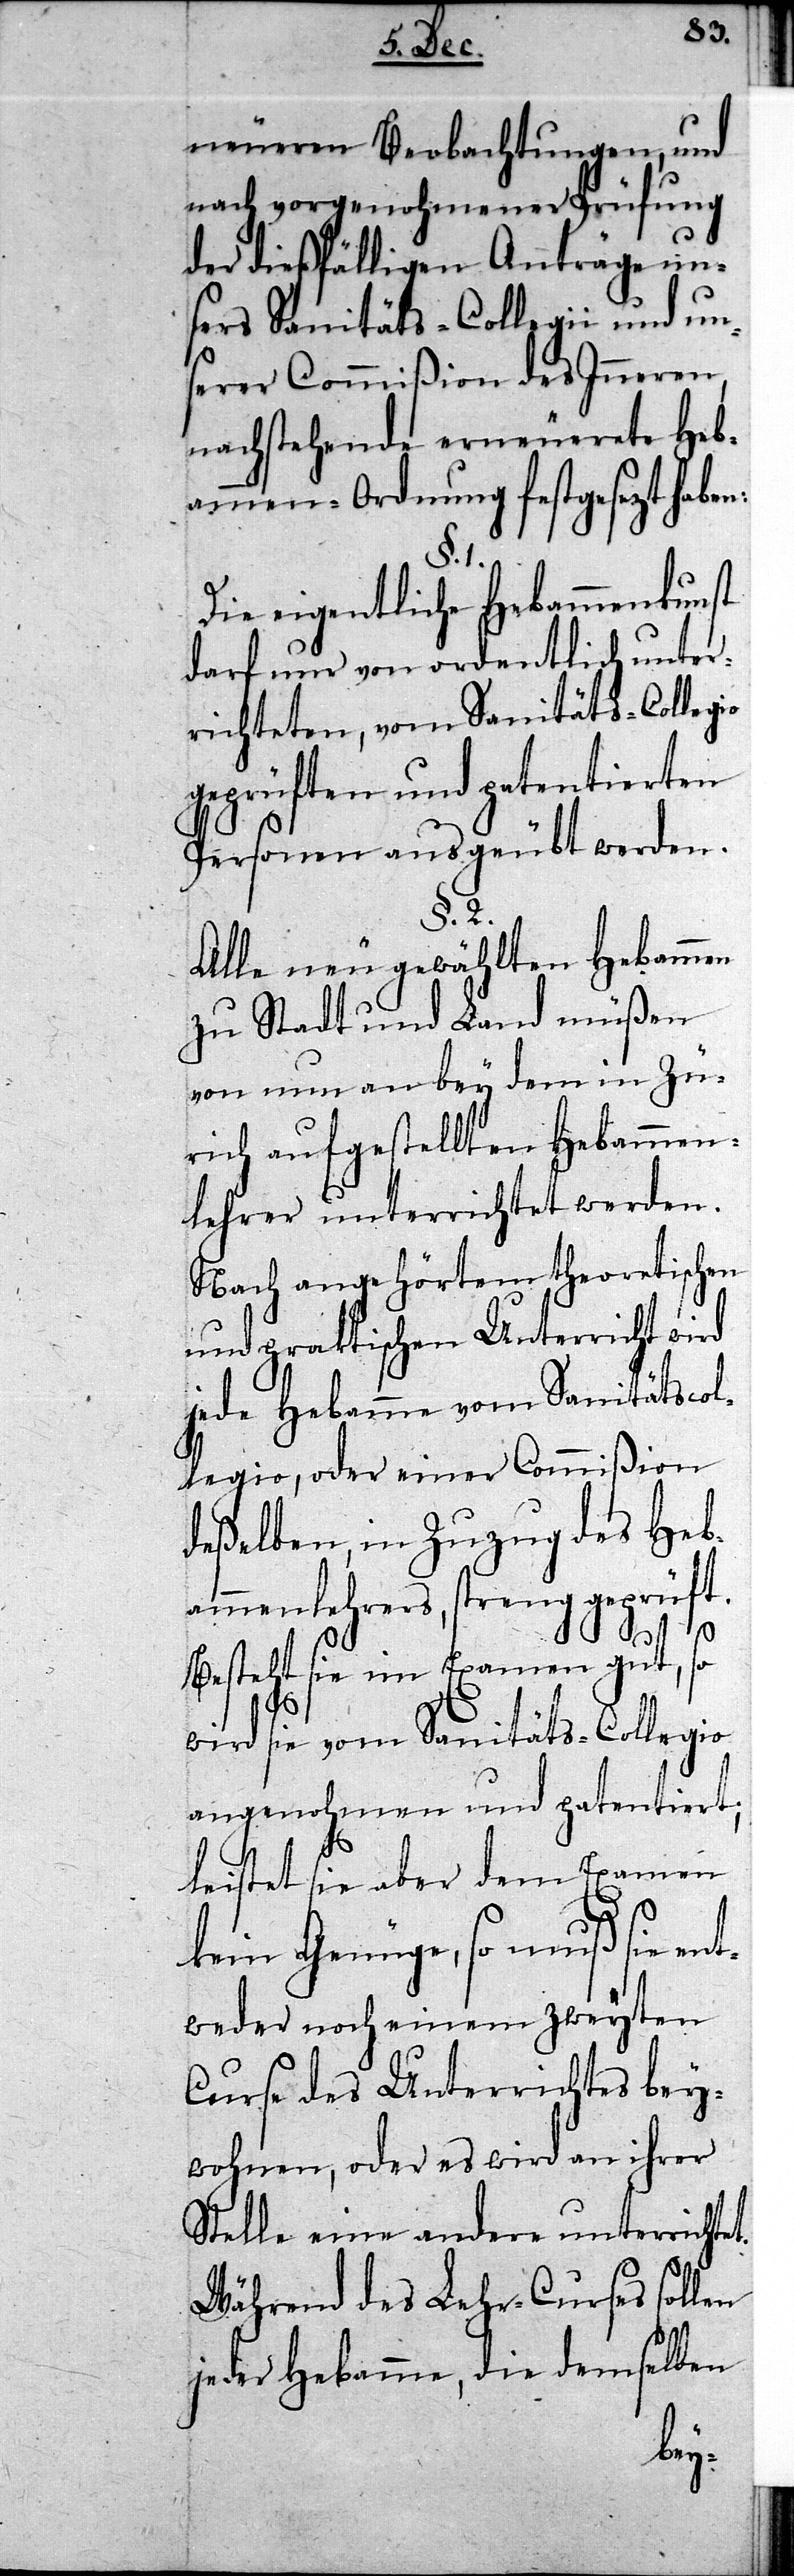
neueren Beobachtungen, und
nach vorgenohmener Prüfung
der dießfälligen Anträge un¬
sers Sanitäts-Collegii und uns¬
erer Commißion des Inneren,
nachstehende erneuerete Heb¬
ammen-Ordnung festgesezt haben:
et.
Die eigentliche Hebammenkunst
darf nur von ordentlich unter¬
richteten, vom Sanitäts-Collegio
geprüften und patentierten
Personen ausgeübt werden.
§. 2.
Alle neu gewählten Hebammen
zu Stadt und Land müßen
von nun an bey dem in Zü¬
rich aufgestellten Hebammen¬
lehrer unterrichtet werden.
Nach angehörtem theoretischen
und practischen Unterricht wird
jede Hebamme vom Sanitätscol¬
legio, oder einer Commißion
deßelben, in Zuzug des Heb¬
ammenlehrers, streng geprüft.
Besteht sie im Examen gut, so
wird sie vom Sanitäts-Collegio
angenohmen und patentiert;
leistet sie aber dem Examen
kein Genüge, so muß sie en¬
tweder noch einem zweyten
Curse des Unterrichts bey¬
wohnen, oder es wird an ihrer
Stelle eine andere unterricht¬
Während des Lehr-Curses sollen
jeder Hebamme, die demselben